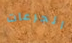
الجرعات